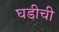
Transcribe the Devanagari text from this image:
घडीची